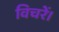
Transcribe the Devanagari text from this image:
विचरें।